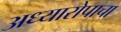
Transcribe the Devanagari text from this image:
अध्यारोपाचा